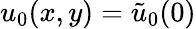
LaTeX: u_{0}(x,y)=\tilde{u}_{0}(0)